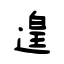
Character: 遑